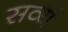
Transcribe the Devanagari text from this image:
सव्यं